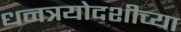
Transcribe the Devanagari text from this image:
धनत्रयोदशीच्या